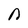
Character: n